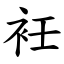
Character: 衽